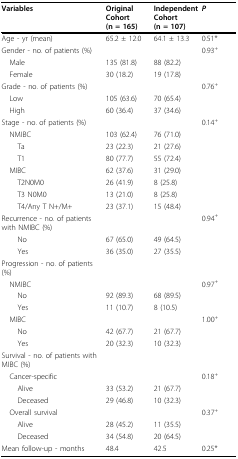
<table><thead><tr><td><b>Variables</b></td><td><b>Original Cohort (n = 165)</b></td><td><b>Independent Cohort (n = 107)</b></td><td><b><i>P</i></b></td></tr></thead><tbody><tr><td>Age - yr (mean)</td><td>65.2 ± 12.0</td><td>64.1 ± 13.3</td><td>0.51*</td></tr><tr><td>Gender - no. of patients (%)</td><td></td><td></td><td>0.93<sup>+</sup></td></tr><tr><td> Male</td><td>135 (81.8)</td><td>88 (82.2)</td><td></td></tr><tr><td> Female</td><td>30 (18.2)</td><td>19 (17.8)</td><td></td></tr><tr><td>Grade - no. of patients (%)</td><td></td><td></td><td>0.76<sup>+</sup></td></tr><tr><td> Low</td><td>105 (63.6)</td><td>70 (65.4)</td><td></td></tr><tr><td> High</td><td>60 (36.4)</td><td>37 (34.6)</td><td></td></tr><tr><td>Stage - no. of patients (%)</td><td></td><td></td><td>0.14<sup>+</sup></td></tr><tr><td> NMIBC</td><td>103 (62.4)</td><td>76 (71.0)</td><td></td></tr><tr><td>Ta</td><td> 23 (22.3)</td><td> 21 (27.6)</td><td></td></tr><tr><td>T1</td><td> 80 (77.7)</td><td> 55 (72.4)</td><td></td></tr><tr><td> MIBC</td><td>62 (37.6)</td><td>31 (29.0)</td><td></td></tr><tr><td>T2N0M0</td><td> 26 (41.9)</td><td> 8 (25.8)</td><td></td></tr><tr><td>T3 N0M0</td><td> 13 (21.0)</td><td> 8 (25.8)</td><td></td></tr><tr><td>T4/Any T N+/M+</td><td> 23 (37.1)</td><td> 15 (48.4)</td><td></td></tr><tr><td>Recurrence - no. of patients with NMIBC (%)</td><td></td><td></td><td>0.94<sup>+</sup></td></tr><tr><td> No</td><td>67 (65.0)</td><td>49 (64.5)</td><td></td></tr><tr><td> Yes</td><td>36 (35.0)</td><td>27 (35.5)</td><td></td></tr><tr><td>Progression - no. of patients (%)</td><td></td><td></td><td></td></tr><tr><td> NMIBC</td><td></td><td></td><td>0.97<sup>+</sup></td></tr><tr><td>No</td><td>92 (89.3)</td><td>68 (89.5)</td><td></td></tr><tr><td>Yes</td><td>11 (10.7)</td><td>8 (10.5)</td><td></td></tr><tr><td> MIBC</td><td></td><td></td><td>1.00<sup>+</sup></td></tr><tr><td>No</td><td>42 (67.7)</td><td>21 (67.7)</td><td></td></tr><tr><td>Yes</td><td>20 (32.3)</td><td>10 (32.3)</td><td></td></tr><tr><td>Survival - no. of patients with MIBC (%)</td><td></td><td></td><td></td></tr><tr><td> Cancer-specific</td><td></td><td></td><td>0.18<sup>+</sup></td></tr><tr><td>Alive</td><td>33 (53.2)</td><td>21 (67.7)</td><td></td></tr><tr><td>Deceased</td><td>29 (46.8)</td><td>10 (32.3)</td><td></td></tr><tr><td> Overall survival</td><td></td><td></td><td>0.37<sup>+</sup></td></tr><tr><td>Alive</td><td>28 (45.2)</td><td>11 (35.5)</td><td></td></tr><tr><td>Deceased</td><td>34 (54.8)</td><td>20 (64.5)</td><td></td></tr><tr><td>Mean follow-up - months</td><td>48.4</td><td>42.5</td><td>0.25*</td></tr></tbody></table>